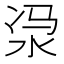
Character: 𣳆